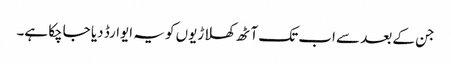
جن کے بعد سے اب تک آٹھ کھلاڑیوں کو یہ ایوارڈ دیا جاچکا ہے۔